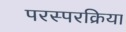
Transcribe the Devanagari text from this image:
परस्परक्रिया